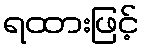
ရထားဖြင့်